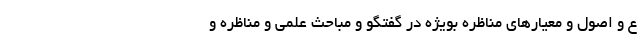
ع و اصول و معیار‌های مناظره بویژه در گفتگو و مباحث علمی و مناظره و